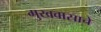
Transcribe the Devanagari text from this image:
मुखवासाचे